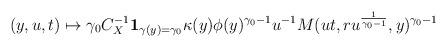
LaTeX: \begin{align*}(y,u,t)\mapsto \gamma_0 C_X^{-1}\mathbf 1_{\gamma(y) = \gamma_0} \kappa(y) \phi(y)^{\gamma_0 - 1} u^{-1} M(ut,ru^{\frac{1}{\gamma_0 - 1}},y)^{\gamma_0 - 1}\end{align*}